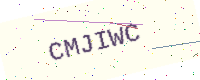
Text: CMJIWC